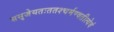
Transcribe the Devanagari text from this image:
ससृजेयतःततश्चर्मण्वतीत्येवं